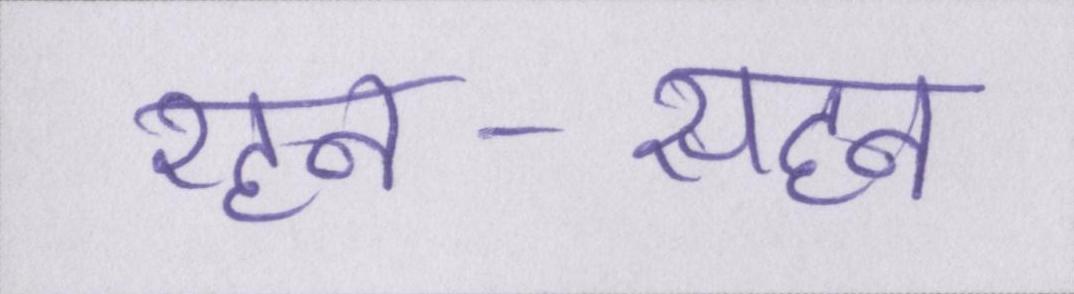
रहन-सहन